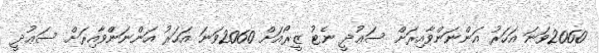
2060ވަނަ އަހަރު އަންނަންވާއިރަށް ސަޢުދީ ނެޓު ޒީރޯއަށް 2060ވަނަ އަހަރު އަންނަންވާއިރަށް ސަޢުދީ